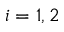
i = 1 , 2